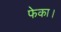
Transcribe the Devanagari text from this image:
फेका।